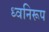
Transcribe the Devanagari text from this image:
ध्वनिरूप